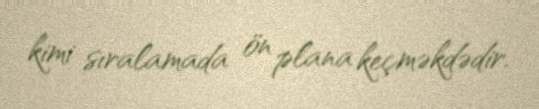
kimi sıralamada ön plana keçməkdədir.